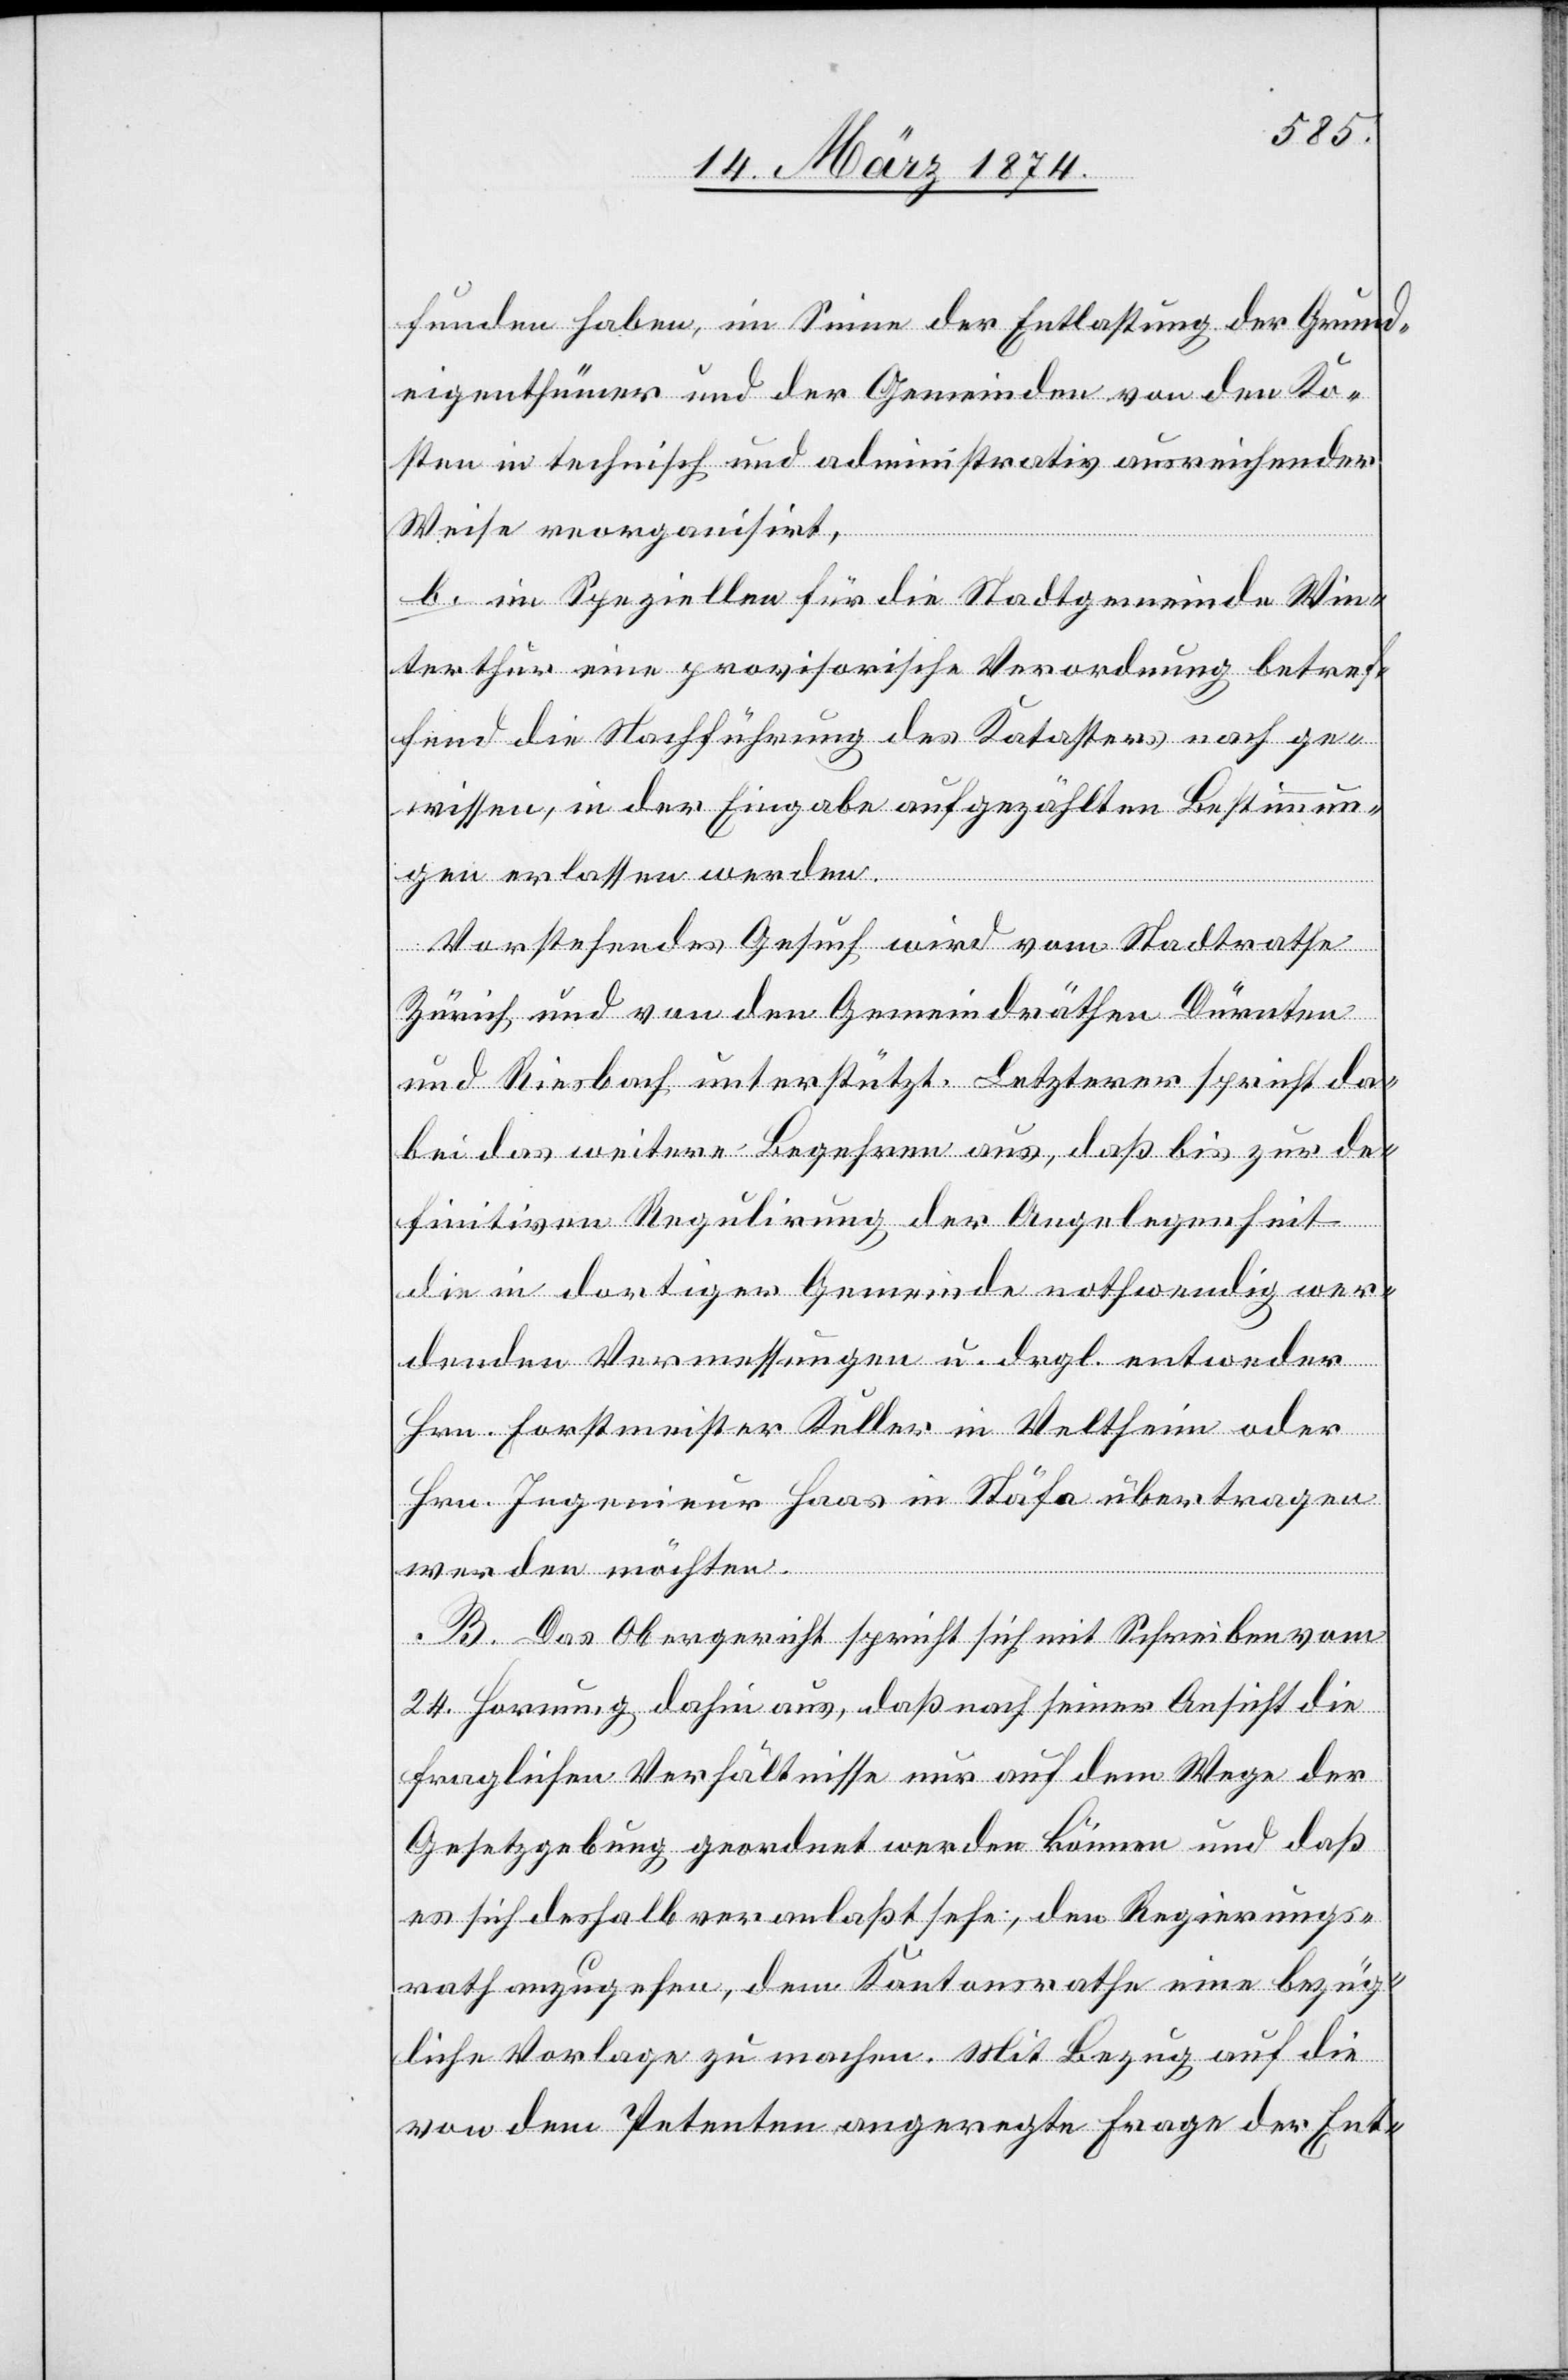
funden haben, im Sinne der Entlastung der Grund¬
eigenthümer und der Gemeinden von den Ko¬
sten in technisch und administrativ ausreichender
Weise reorganisirt,
b. im Speziellen für die Stadtgemeinde Win¬
terthur eine provisorische Verordnung betref¬
fend die Nachführung des Katasters nach ge¬
wissen, in der Eingabe aufgezählten Bestimmun¬
gen erlassen werden.
Vorstehendes Gesuch wird vom Stadtrathe
Zürich und von den Gemeindräthen Dürnten
und Riesbach unterstützt. Letzterer spricht da¬
bei das weitere Begehren aus, daß bis zur de¬
finitiven Regulirung der Angelegenheit
die in dortiger Gemeinde nothwendig wer¬
denden Vermessungen u. drgl. entweder
Hrn. Forstmeister Keller in Veltheim oder
Hrn. Ingenieur Haas in Stäfa übertragen
werden möchten.
B. Das Obergericht spricht sich mit Schreiben vom
24. Hornung dahin aus, daß nach seiner Ansicht die
fraglichen Verhältnisse nur auf dem Wege der
Gesetzgebung geordnet werden können und daß
es sich deshalb veranlaßt sehe, den Regierungs¬
rath anzugehen, dem Kantonsrathe eine bezüg¬
liche Vorlage zu machen. Mit Bezug auf die
von dem Petenten angeregte Frage der Ent-